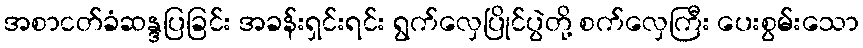
အစာငတ်ခံဆန္ဒပြခြင်း အခန်းရှင်းရင်း ရွက်လှေပြိုင်ပွဲတို့ စက်လှေကြီး ပေးစွမ်းသော